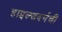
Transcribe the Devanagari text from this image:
हाइल्सबर्गची